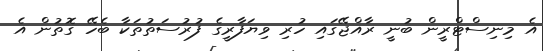
އެ މިނިސްޓްރީން ބުނީ ރާއްޖޭގައި ހުރި ވިޔަފާރީގެ ފުރުސަތުތަކާ ބެހޭ ގޮތުން އެ